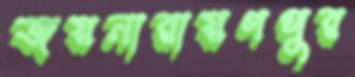
জয়নারায়ণপুর